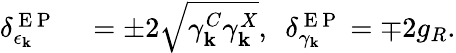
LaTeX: \begin{array}{rl}{\delta_{\epsilon_{\mathbf k}}^{\mathrm{~E~P~}}}&{{}=\pm 2\sqrt{\gamma_{\mathbf k}^{C}\gamma_{\mathbf k}^{X}},~~\delta_{\gamma_{\mathbf k}}^{\mathrm{~E~P~}}=\mp 2g_{R}.}\end{array}